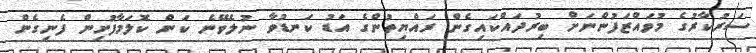
ސަރުކާރުގެ މުވައްޒަފުންނަށް ބިރުދައްކައިގެން ރައްޔިތުންގެ އަޑު ކަނޑުވާ ނުލެވޭނެ ކަން ކޮލަމާފުށިން ފެނިގެން